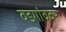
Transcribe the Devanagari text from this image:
वडगांववर